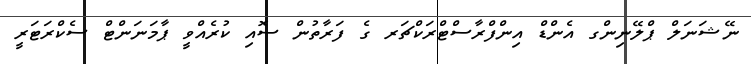
ނޭޝަނަލް ޕްލޭނިންގ އެންޑް އިންފްރާސްޓްރަކްޗަރ ގެ ފަރާތުން ސޮއި ކުރެއްވީ ޕާމަނަންޓް ސެކްރަޓަރީ